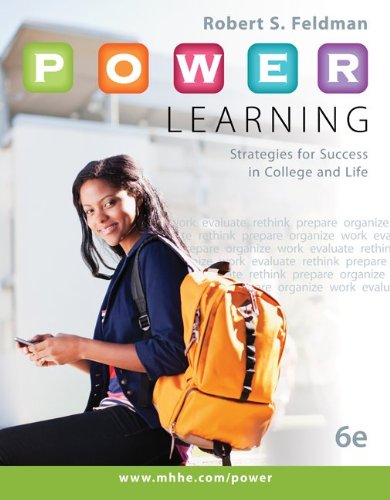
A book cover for P.O.W.E.R. Learning: Strategies for Success in College and Life; Robert Feldman; Education & Teaching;